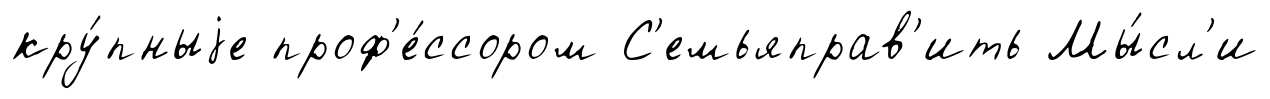
кру́пныjе проф'е́ссором С'емьяправ'ить Мы́сл'и